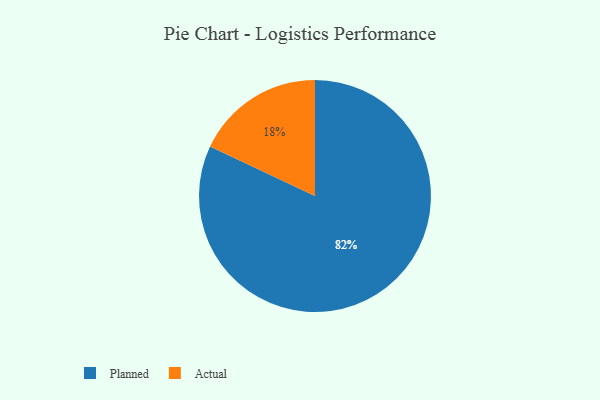
{"axis": {"x": "Category", "y": "Percentage"}, "legend": ["Actual", "Planned"], "data": [{"x": "Planned", "y": 82, "type": "Planned"}, {"x": "Actual", "y": 18, "type": "Actual"}]}